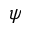
\psi